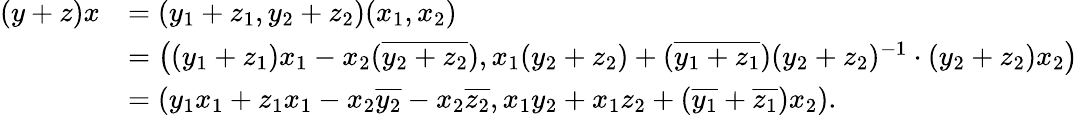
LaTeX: \begin{array}{rl}{(y+z)x}&{=(y_{1}+z_{1},y_{2}+z_{2})(x_{1},x_{2})}\\ &{=\left((y_{1}+z_{1})x_{1}-x_{2}(\overline{{y_{2}+z_{2}}}),x_{1}(y_{2}+z_{2})+(\overline{{y_{1}+z_{1}}})(y_{2}+z_{2})^{-1}\cdot(y_{2}+z_{2})x_{2}\right)}\\ &{=\left(y_{1}x_{1}+z_{1}x_{1}-x_{2}\overline{{y_{2}}}-x_{2}\overline{{z_{2}}},x_{1}y_{2}+x_{1}z_{2}+(\overline{{y_{1}}}+\overline{{z_{1}}})x_{2}\right).}\end{array}